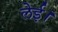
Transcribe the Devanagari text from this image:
लेई।